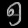
Digit: ၅